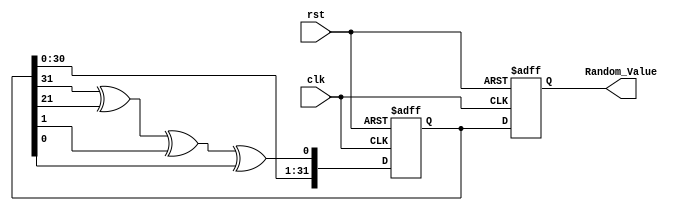
module RandomInitialization (
    input wire clk,           // Clock signal
    input wire rst,           // Reset signal
    output reg [31:0] Random_Value // Random value output
);

    // Internal parameters
    reg [31:0] seed; // Seed for random number generation

    // Pseudo-random number generation using a simple LFSR
    always @(posedge clk or posedge rst) begin
        if (rst) begin
            // Initialize seed with a fixed value or based on simulation time
            seed <= 32'hDEADBEEF; // Example fixed seed
            Random_Value <= 0; // Reset random value
        end else begin
            // Update the seed using a simple LFSR algorithm
            seed <= {seed[30:0], seed[31] ^ seed[21] ^ seed[1] ^ seed[0]}; // Example LFSR feedback
            Random_Value <= seed; // Assign the new random value
        end
    end

    // Initial block for random initialization at the start of simulation
    initial begin
        // Generate an initial random value
        seed = 32'hDEADBEEF; // Example fixed seed
        Random_Value = seed; // Assign initial random value
    end

endmodule